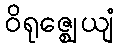
ဝိရုဇ္ဈေယျံ